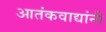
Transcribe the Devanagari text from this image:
आतंकवाद्यांनी